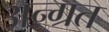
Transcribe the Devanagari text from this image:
अन्ग्रत